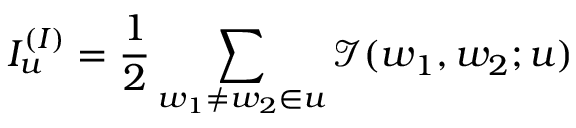
I _ { u } ^ { ( I ) } = \frac { 1 } { 2 } \sum _ { w _ { 1 } \neq w _ { 2 } \in u } \mathcal { I } ( w _ { 1 } , w _ { 2 } ; u )